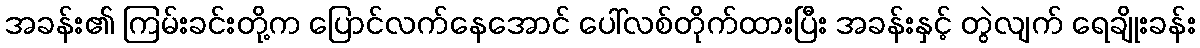
အခန်း၏ ကြမ်းခင်းတို့က ပြောင်လက်နေအောင် ပေါ်လစ်တိုက်ထားပြီး အခန်းနှင့် တွဲလျက် ရေချိုးခန်း